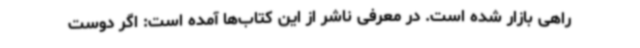
راهی بازار شده است. در معرفی ناشر از این کتاب‌ها آمده است: اگر دوست